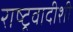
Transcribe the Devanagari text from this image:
राष्ट्रवादीशी